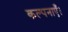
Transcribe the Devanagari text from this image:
कल्पनाएँ।